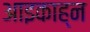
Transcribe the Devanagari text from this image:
आइकाह्न